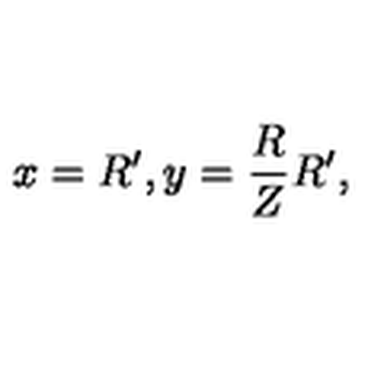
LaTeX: x = R ^ { \prime } , y = \frac { R } { Z } R ^ { \prime } ,